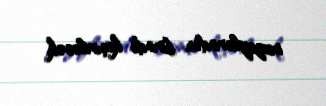
muzeylərindən birində keçiriləcək.